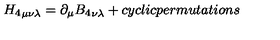
{ H _ { 4 } } _ { \mu \nu \lambda } = \partial _ { \mu } { B _ { 4 } } _ { \nu \lambda } + c y c l i c p e r m u t a t i o n s